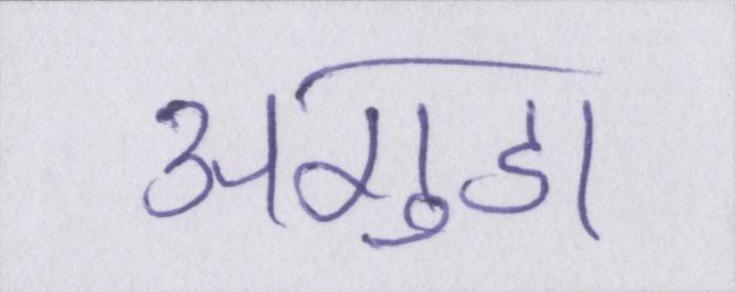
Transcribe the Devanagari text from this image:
अगुडा